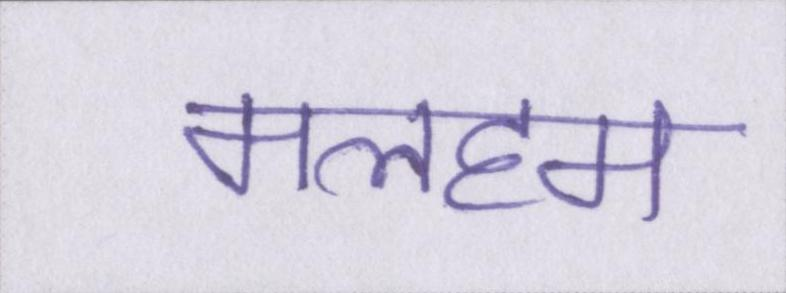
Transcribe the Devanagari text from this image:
मलहम